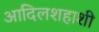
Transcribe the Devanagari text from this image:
आदिलशहाशी